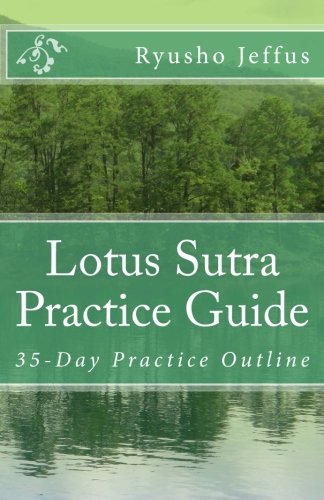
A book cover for Lotus Sutra Practice Guide: 35-Day Practice Outline; Ryusho Jeffus; Religion & Spirituality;